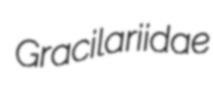
Gracilariidae